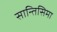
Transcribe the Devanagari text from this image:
सान्तिसिमा